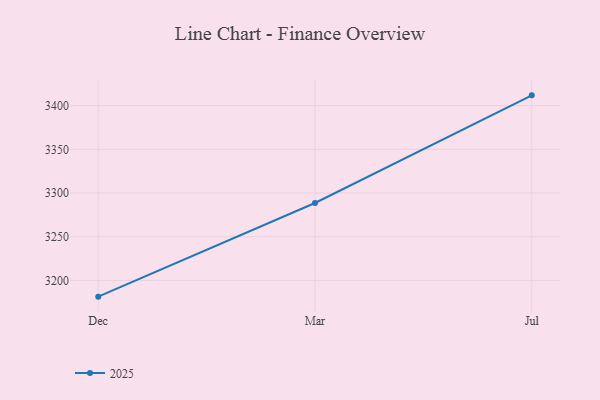
{"axis": {"x": "Month", "y": "Population (Million)"}, "legend": ["2025"], "data": [{"x": "Dec", "y": 3181.4, "type": "2025"}, {"x": "Mar", "y": 3288.6, "type": "2025"}, {"x": "Jul", "y": 3411.8, "type": "2025"}]}